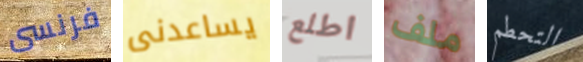
فرنسى يساعدنى اطلع ملف التحطم